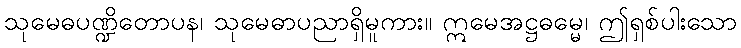
သုမေဓပဏ္ဍိတောပန၊ သုမေဓာပညာရှိမူကား။ ဣမေအဋ္ဌဓမ္မေ၊ ဤရှစ်ပါးသော